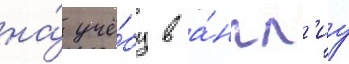
на́ учё́бу в а́нгл'иу